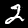
Label: 2